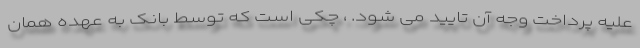
علیه پرداخت وجه آن تایید می شود. ، چکی است که توسط بانک به عهده همان